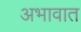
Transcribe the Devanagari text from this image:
अभावात